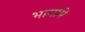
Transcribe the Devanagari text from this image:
भागोंमें